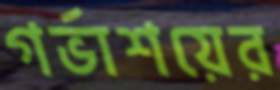
গর্ভাশয়ের